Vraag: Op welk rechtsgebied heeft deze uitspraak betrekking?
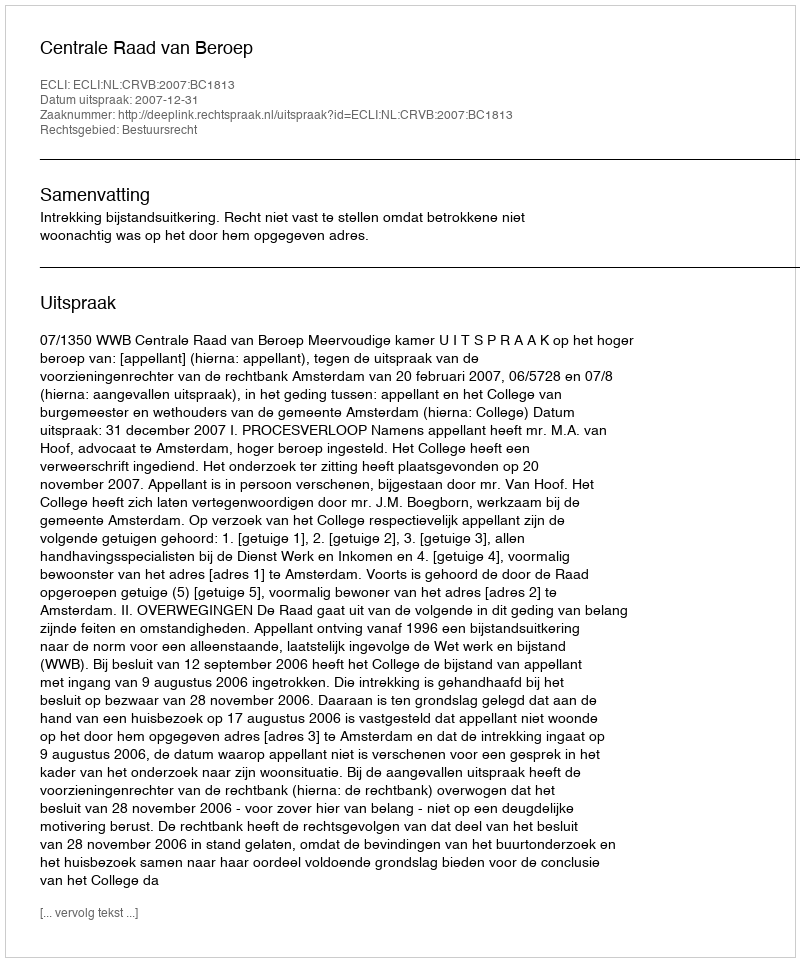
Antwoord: Bestuursrecht